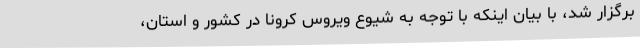
برگزار شد، با بیان اینکه با توجه به شیوع ویروس کرونا در کشور و استان،